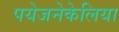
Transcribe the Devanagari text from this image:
पयेजनेकेलिया